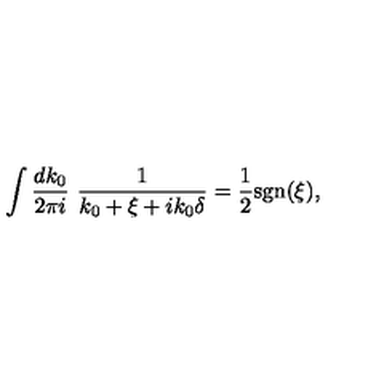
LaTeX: \int \frac { d k _ { 0 } } { 2 \pi i } \ \frac { 1 } { k _ { 0 } + \xi + i k _ { 0 } \delta } = \frac { 1 } { 2 } \mathrm { s g n } ( \xi ) ,